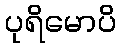
ပုရိမောပိ